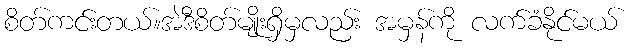
စိတ်ကင်းတယ်။အဲဒီစိတ်မျိုးရှိမှလည်း အမှန်ကို လက်ခံနိုင်မယ်